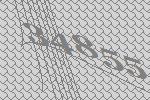
34855